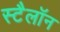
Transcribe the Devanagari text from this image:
स्टैलॉन